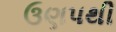
ઉણપથી